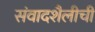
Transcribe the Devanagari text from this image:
संवादशैलीची